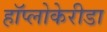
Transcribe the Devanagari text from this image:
हॉप्लोकेरीडा